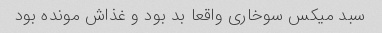
سبد میکس سوخاری واقعا بد بود و غذاش مونده بود